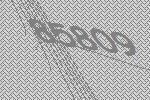
85809